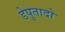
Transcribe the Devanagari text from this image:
डेपुतादो